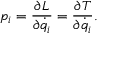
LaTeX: p _ { i } = { \frac { \partial L } { \partial { \dot { q } } _ { i } } } = { \frac { \partial T } { \partial { \dot { q } } _ { i } } } .